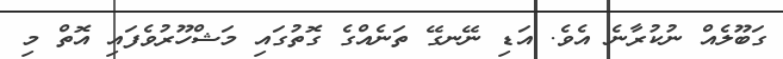
ގަބޫލެއް ނުކުރާނެ އެވެ. އަޑި ނޭނގޭ ތަނެއްގެ ގޮތުގައި މަޝްހޫރުވެފައި އޮތް މި